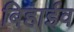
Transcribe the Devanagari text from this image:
बिहाईव